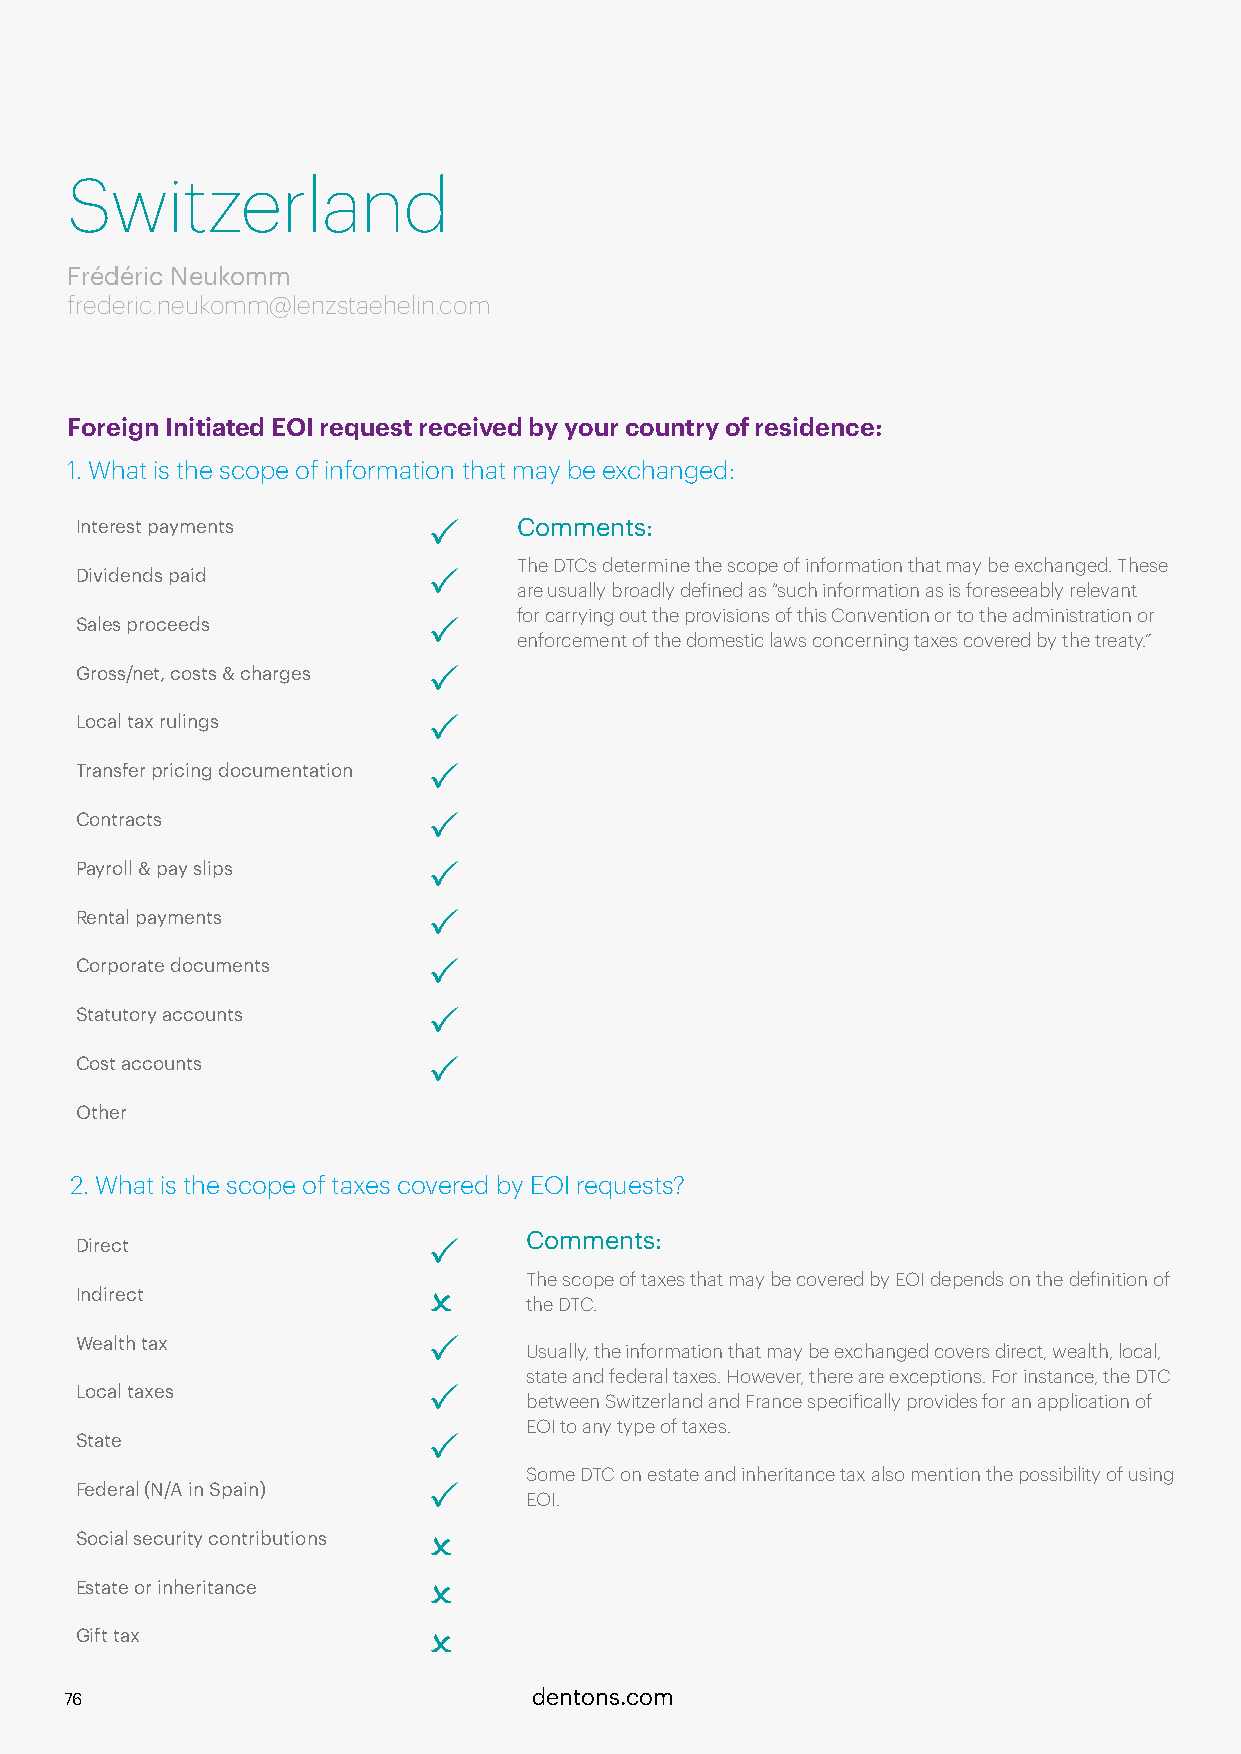
Switzerland
 Frédéric Neukomm
 frederic.neukomm@lenzstaehelin.com
 Foreign Initiated EOI request received by your country of residence:
 1. What is the scope of information that may be exchanged:
 Interest payments      P     Comments:
 The DTCs determine the scope of information that may be exchanged. These
 Dividends paid         P
 are usually broadly defined as “such information as is foreseeably relevant
 for carrying out the provisions of this Convention or to the administration or
 Sales proceeds         P
 enforcement of the domestic laws concerning taxes covered by the treaty.”
 Gross/net, costs & charges P
 Local tax rulings      P
 Transfer pricing documentation P
 Contracts              P
 Payroll & pay slips    P
 Rental payments        P
 Corporate documents    P
 Statutory accounts     P
 Cost accounts          P
 Other
 2. What is the scope of taxes covered by EOI requests?
 Comments:
 Direct                 P
 The scope of taxes that may be covered by EOI depends on the definition of
 Indirect               O
 the DTC.
 Wealth tax             P
 Usually, the information that may be exchanged covers direct, wealth, local,
 state and federal taxes. However, there are exceptions. For instance, the DTC
 Local taxes            P
 between Switzerland and France specifically provides for an application of
 EOI to any type of taxes.
 State                  P
 Some DTC on estate and inheritance tax also mention the possibility of using
 Federal (N/A in Spain) P
 EOI.
 Social security contributions O
 Estate or inheritance  O
 Gift tax               O
 76                             dentons.com